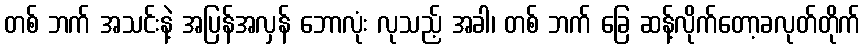
တစ် ဘက် အသင်းနဲ့ အပြန်အလှန် ဘောလုံး လုသည့် အခါ၊ တစ် ဘက် ခြေ ဆန့်လိုက်တော့ခလုတ်တိုက်